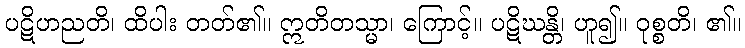
ပဋိဟညတိ၊ ထိပါး တတ်၏။ ဣတိတသ္မာ၊ ကြောင့်။ ပဋိဃန္တိ၊ ဟူ၍။ ဝုစ္စတိ၊ ၏။